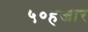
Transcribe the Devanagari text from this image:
५०हजार